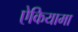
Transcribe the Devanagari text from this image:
ऐकियामा